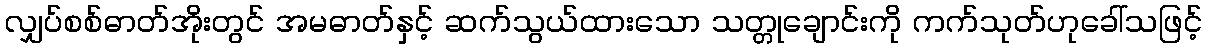
လျှပ်စစ်ဓာတ်အိုးတွင် အမဓာတ်နှင့် ဆက်သွယ်ထားသော သတ္တုချောင်းကို ကက်သုတ်ဟုခေါ်သဖြင့်